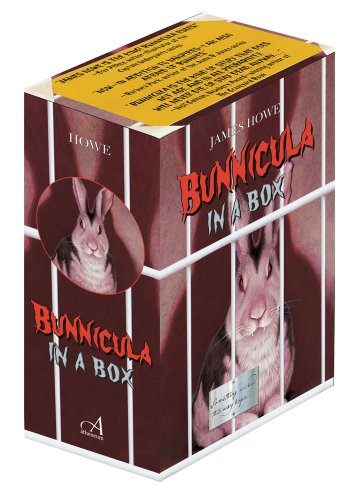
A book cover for Bunnicula in a Box: Bunnicula; Howliday Inn; The Celery Stalks at Midnight; Nighty-Nightmare; Return to Howliday Inn; Bunnicula Strikes Again; Bunnicula Meets Edgar Allan Crow (Bunnicula and Friends); James Howe; Children's Books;